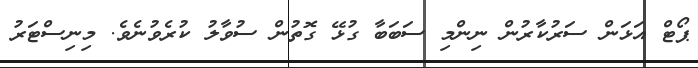
ޕޯޓް އަޅަން ސަރުކާރުން ނިންމި ސަބަބާ ގުޅޭ ގޮތުން ސުވާލު ކުރެވުނެވެ. މިނިސްޓަރު